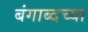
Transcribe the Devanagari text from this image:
बंगाब्दच्या